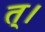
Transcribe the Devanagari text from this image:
त्।